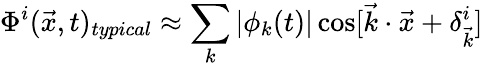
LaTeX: \Phi^{i}(\vec{x},t)_{typical}\approx\sum_{k}|\phi_{k}(t)|\cos[\vec{k}\cdot\vec{x}+\delta_{\vec{k}}^{i}]